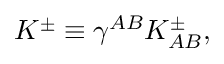
K ^ { \pm } \equiv \gamma ^ { A B } K _ { A B } ^ { \pm } ,